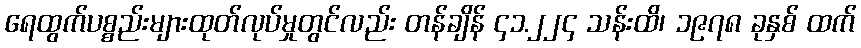
ရေထွက်ပစ္စည်းများထုတ်လုပ်မှုတွင်လည်း တန်ချိန် ၄၁.၂၂၄ သန်းထိ၊ ၁၉၇၈ ခုနှစ် ထက်